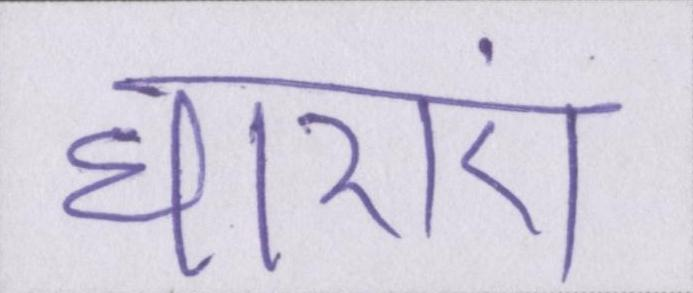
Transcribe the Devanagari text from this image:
धाराएं